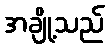
အချို့သည်